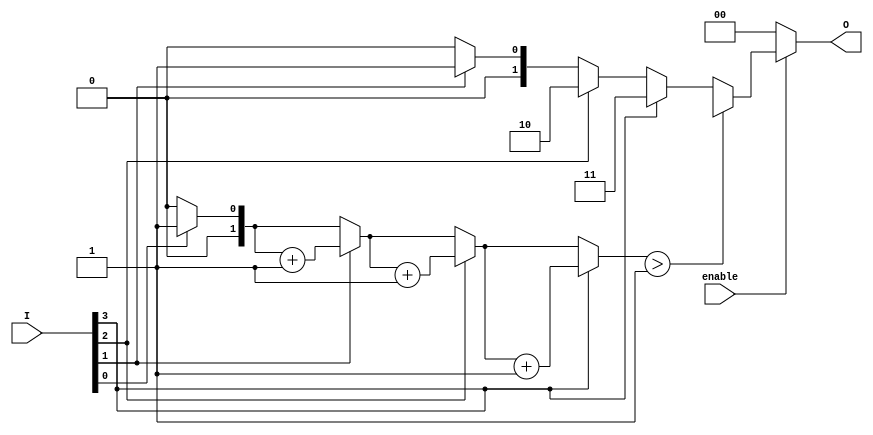
module one_of_n_encoder (
    input wire enable,         // Enable signal
    input wire [3:0] I,       // 4 input lines
    output reg [1:0] O        // 2-bit output for encoding
);

    // Internal state to track if an input is active
    reg [1:0] active_count;   // Count of active inputs

    always @(*) begin
        if (!enable) begin
            O = 2'b00;         // Output is 0 when not enabled
        end else begin
            // Initialize output
            O = 2'b00;
            active_count = 2'b00;

            // Check each input line
            if (I[0]) begin
                O = 2'b00;      // Input I[0] active
                active_count = active_count + 1;
            end
            if (I[1]) begin
                O = 2'b01;      // Input I[1] active
                active_count = active_count + 1;
            end
            if (I[2]) begin
                O = 2'b10;      // Input I[2] active
                active_count = active_count + 1;
            end
            if (I[3]) begin
                O = 2'b11;      // Input I[3] active
                active_count = active_count + 1;
            end

            // Handle invalid state: more than one input active
            if (active_count > 1) begin
                O = 2'bxx;      // Invalid state (undefined output)
            end
        end
    end

endmodule